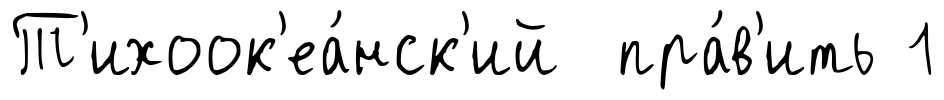
Т'ихоок'еа́нск'ий пра́в'ить 1